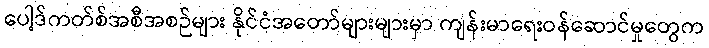
ပေါ့ဒ်ကတ်စ်အစီအစဉ်များ နိုင်ငံအတော်များများမှာ ကျန်းမာရေးဝန်ဆောင်မှုတွေက